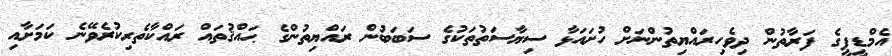
އެމްޑީޕީގެ ފަރާތުން ދިވެހިރައްޔިތުންނަށް ހުށައަޅާ ސިޔާސަތުތަކުގެ ސަބަބުން ރައްޔިތުންގެ ޙައްޤުތައް ރައްކާތެރިކުރެވޭނެ ކަމަށާއި